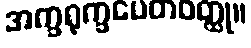
အက္ခရုက္ခပေတဝတ္ထု။